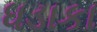
ધડાકા